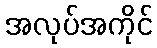
အလုပ်အကိုင်